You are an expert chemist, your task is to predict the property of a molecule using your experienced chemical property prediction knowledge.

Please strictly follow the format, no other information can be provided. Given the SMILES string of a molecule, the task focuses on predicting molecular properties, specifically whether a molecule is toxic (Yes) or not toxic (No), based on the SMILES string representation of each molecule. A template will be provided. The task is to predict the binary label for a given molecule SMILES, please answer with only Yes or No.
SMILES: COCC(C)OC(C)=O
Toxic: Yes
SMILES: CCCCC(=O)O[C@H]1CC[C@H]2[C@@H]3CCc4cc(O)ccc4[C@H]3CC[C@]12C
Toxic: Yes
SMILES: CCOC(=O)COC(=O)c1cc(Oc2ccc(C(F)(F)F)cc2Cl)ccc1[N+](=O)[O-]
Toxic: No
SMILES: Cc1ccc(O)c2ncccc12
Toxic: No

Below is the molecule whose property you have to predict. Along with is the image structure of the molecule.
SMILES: ON(Cc1ccccc1)Cc1ccccc1
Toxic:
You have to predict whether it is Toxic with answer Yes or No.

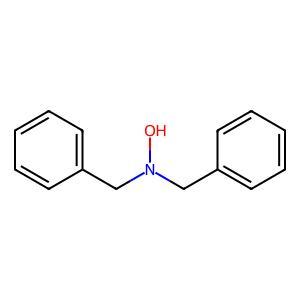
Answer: No